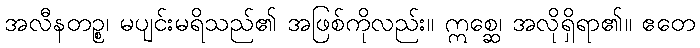
အလီနတဉ္စ၊ မပျင်းမရိသည်၏ အဖြစ်ကိုလည်း။ ဣစ္ဆေ၊ အလိုရှိရာ၏။ ဧတေ